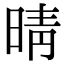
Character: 晴